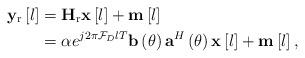
LaTeX: \begin{align*} \mathbf{y}_{\mathrm{r}}\left [ l \right ] & = \mathbf{H}_{\mathrm{r}}\mathbf{x}\left [ l \right ] + \mathbf{m}\left [ l \right ] \\ &= \alpha e^{j 2\pi \mathcal{F}_{D} lT}{\mathbf{b}} \left ( \theta \right ) {\mathbf{a}}^{H} \left ( \theta \right )\mathbf{x}\left [ l \right ] + \mathbf{m}\left [ l \right ], \end{align*}